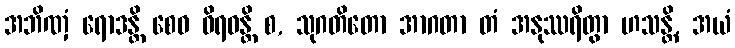
အဘိဏှံ ရောဒန္တိ စေဝ ဝိရဝန္တိ စ, သုဂတိတော အာဂတာ တံ အနုဿရိတွာ ဟသန္တိ, အယံ